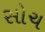
સોચ